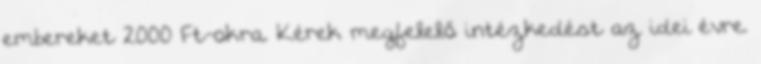
embereket 2000 Ft-okra. Kérek megfelelő intézkedést az idei évre.